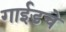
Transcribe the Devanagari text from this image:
गाईडचे